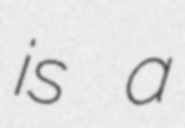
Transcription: is a